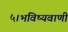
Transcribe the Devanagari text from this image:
५।भविष्यवाणी